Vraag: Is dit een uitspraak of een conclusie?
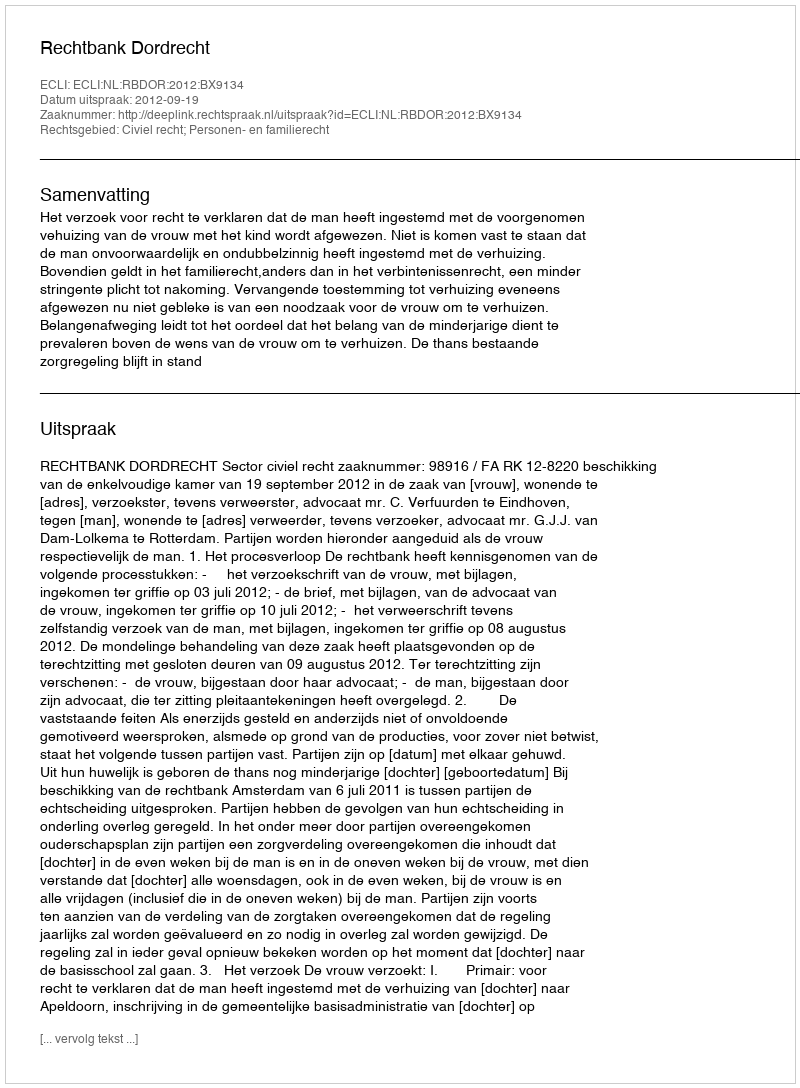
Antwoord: Uitspraak